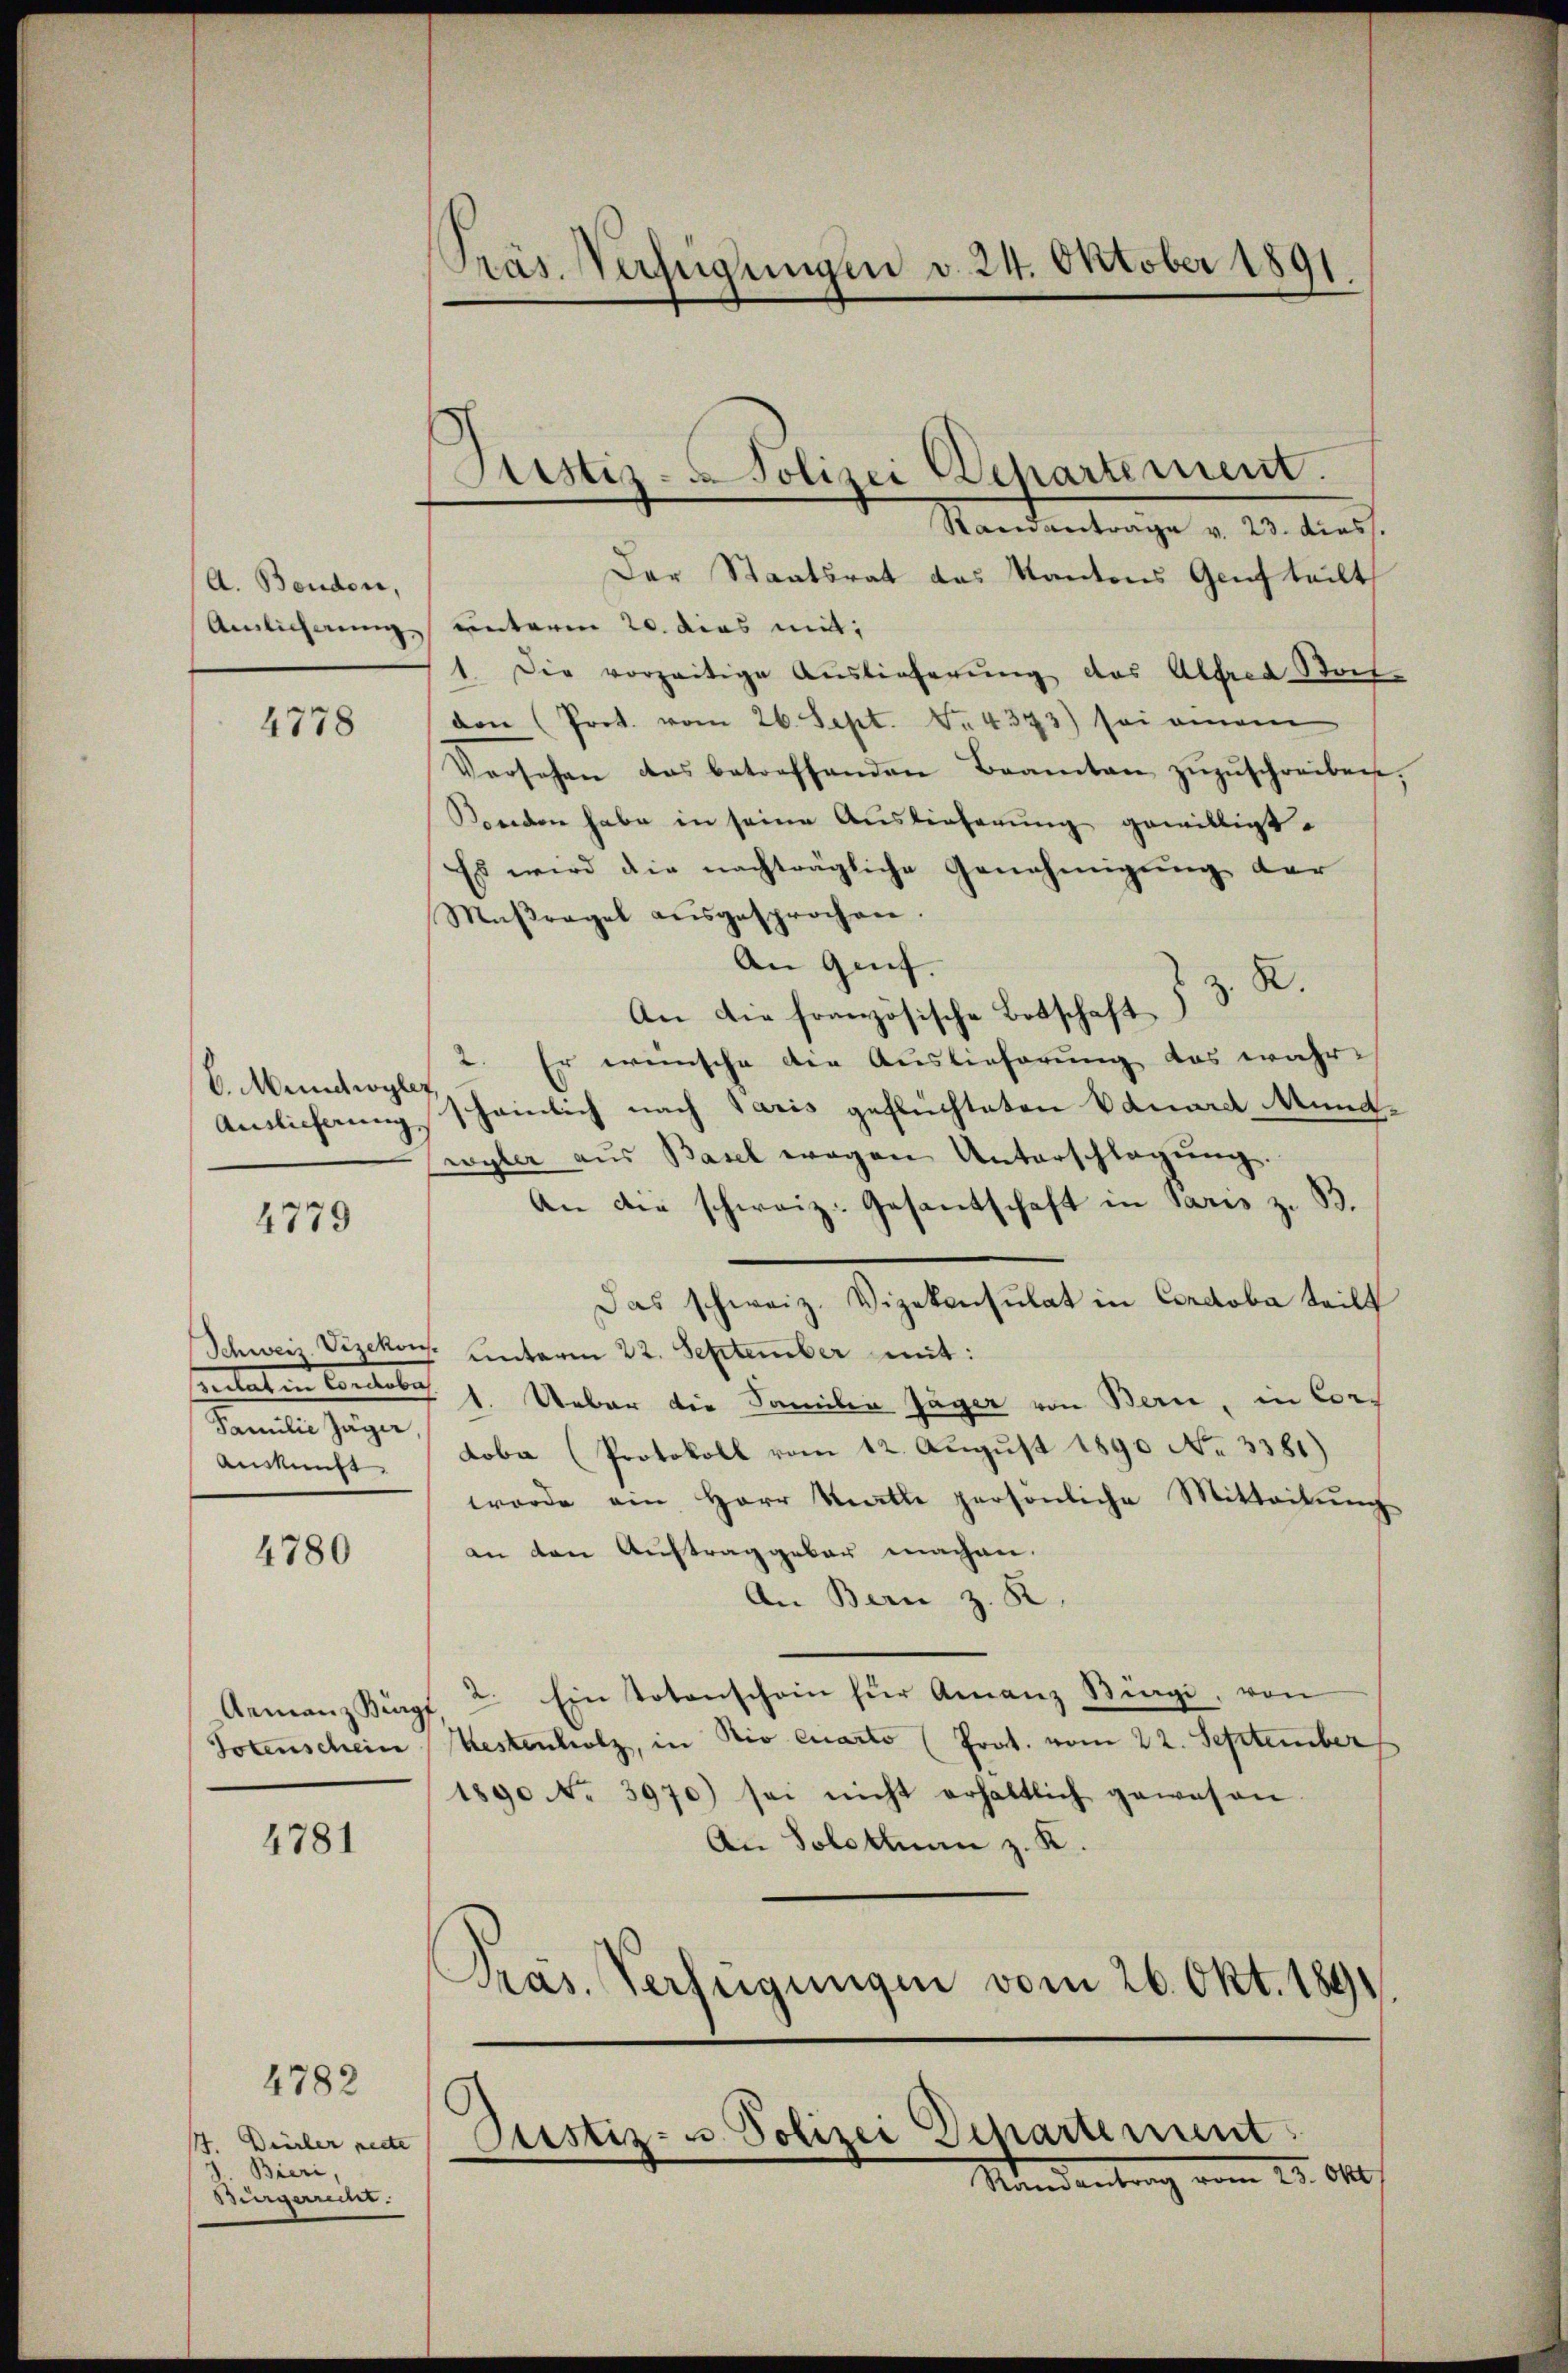
A. Benden,

4778

6. Minetwyler

Standentrage v. 20. dies
Der Staatsrat das Kantons Genf teilt
Amlicherung unterm 20. dies mit:
1. Die vorzeitige Auslieferung das Alfred Boch-
den (Prot. vom 26. Sept. No. 4373) sei einem
Versehen das betreffenden Beamten zŭzŭschreiben,
Korden habe in seine Auslieferŭng gewilligt.
Es wird die nachträgliche Genehmigŭng der
Maßregel ausgesprochen.
An Genf.
An die französische Botschaft § 3. R.
Er wünsche die Auslieferung das wahr-
Antlicherung scheinlich nach Paris geflüchteten Bauard Mundwyler aus Basel wegen Unterschlagung.
An die schweiz. Gesandschaft in Paris z. B.
4779
Das schweiz. Vizekonsulat in Condoba teilt
Schweiz. Vizekon. Unterm 22. September mit:
psulat in Cordose. 1. Ueber die Familie Jäger von Bern, in Corp
Familie Jäger
Auskunft. (Loba (Protokoll vom 12. August 1890 No 3381)
worde ein Herr Katte persönliche Mitteilŭng
4780 an den Aŭftrag gebar machen.
An Bern z. R.
GemanzBügt, 2 Ein Totenschein für Amanz Biagi, von
Totenschein Restenholz, in Nio Quarto (Prat. vom 22. September
1890 No. 3970) sei nicht erhältlich gewesen.
An Solothurn z. K.
4781
Pras. Verfügungen vom 26. Okt. 1891

4782

Bieri,
Bingerecht.

Präs. Verfügungen d. 24. Oktober 1891.

Justiz-Polizei Departement.

t. Dieler rede Custiz- u. Polizei Departement

Rundentrag vom 25. Okt.